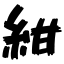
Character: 紺